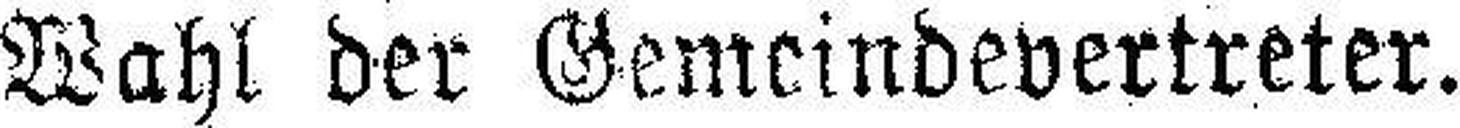
Wahl der Gemeindevertreter.